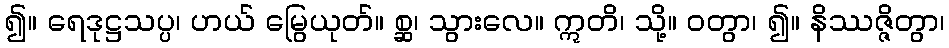
၍။ ရေဒုဋ္ဌသပ္ပ၊ ဟယ် မြွေယုတ်။ စ္ဆ၊ သွားလေ။ ဣတိ၊ သို့။ ဝတွာ၊ ၍။ နိဿဇ္ဇိတွာ၊